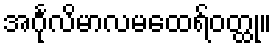
အင်္ဂုလိမာလမထေရ်ဝတ္ထု။